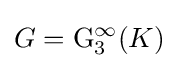
G=\mathrm {G} _{3}^{\infty }(K)